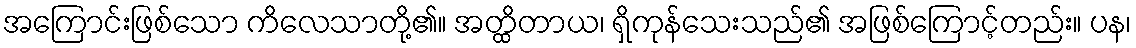
အကြောင်းဖြစ်သော ကိလေသာတို့၏။ အတ္ထိတာယ၊ ရှိကုန်သေးသည်၏ အဖြစ်ကြောင့်တည်း။ ပန၊